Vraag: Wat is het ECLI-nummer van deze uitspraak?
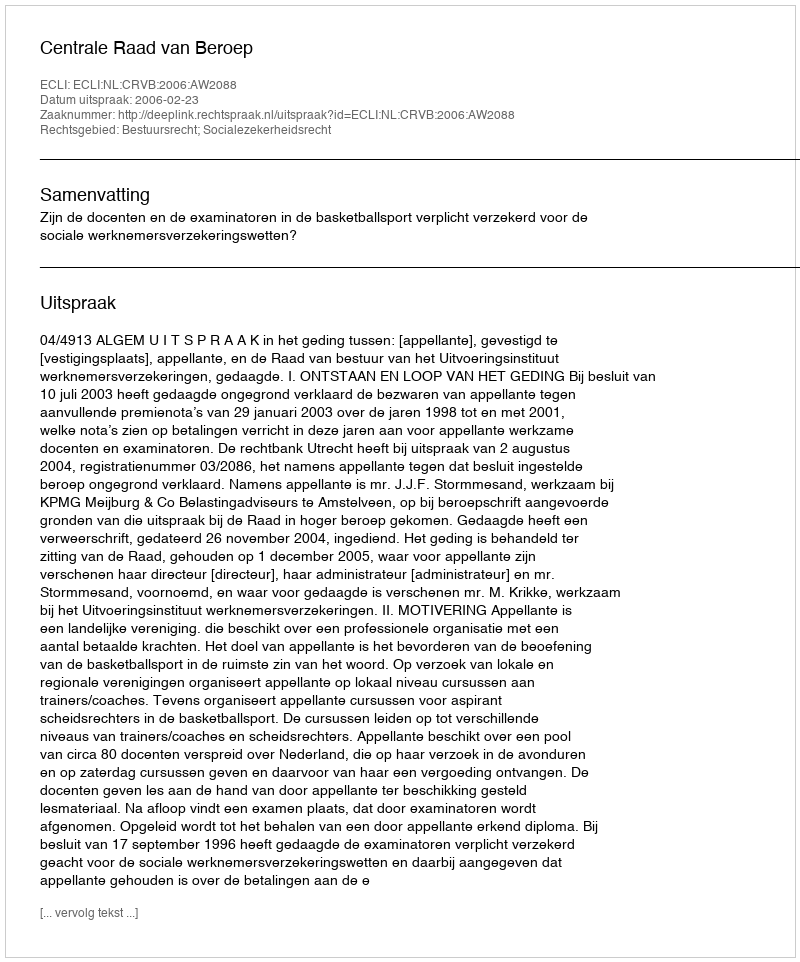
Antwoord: ECLI:NL:CRVB:2006:AW2088